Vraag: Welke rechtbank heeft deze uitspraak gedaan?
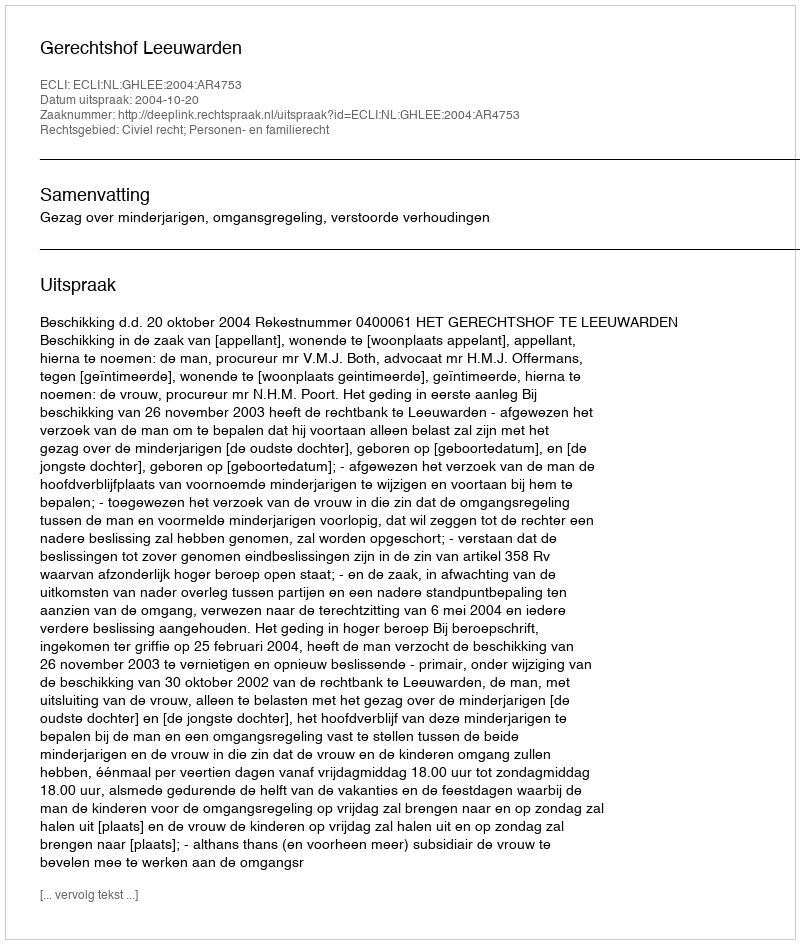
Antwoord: Gerechtshof Leeuwarden